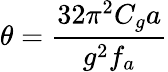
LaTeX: \theta=\frac{32\pi^{2}C_{g}a}{g^{2}f_{a}}